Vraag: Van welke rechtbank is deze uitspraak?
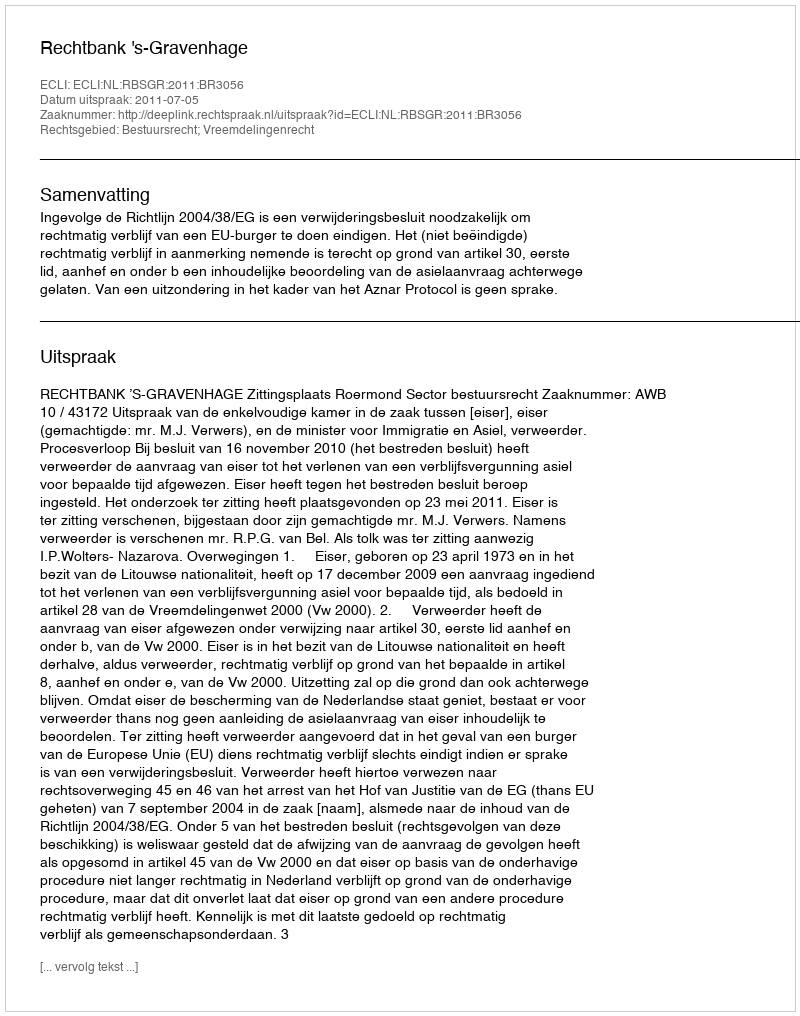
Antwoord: Rechtbank 's-Gravenhage